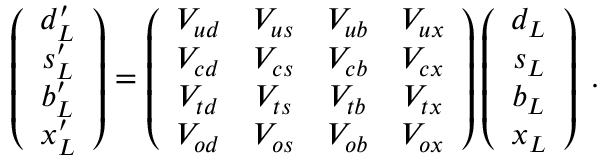
\left( \begin{array} { c } { { d _ { L } ^ { \prime } } } \\ { { s _ { L } ^ { \prime } } } \\ { { b _ { L } ^ { \prime } } } \\ { { x _ { L } ^ { \prime } } } \end{array} \right) = \left( \begin{array} { c c c c } { { V _ { u d } } } & { { V _ { u s } } } & { { V _ { u b } } } & { { V _ { u x } } } \\ { { V _ { c d } } } & { { V _ { c s } } } & { { V _ { c b } } } & { { V _ { c x } } } \\ { { V _ { t d } } } & { { V _ { t s } } } & { { V _ { t b } } } & { { V _ { t x } } } \\ { { V _ { o d } } } & { { V _ { o s } } } & { { V _ { o b } } } & { { V _ { o x } } } \end{array} \right) \left( \begin{array} { c } { { d _ { L } } } \\ { { s _ { L } } } \\ { { b _ { L } } } \\ { { x _ { L } } } \end{array} \right) \; .